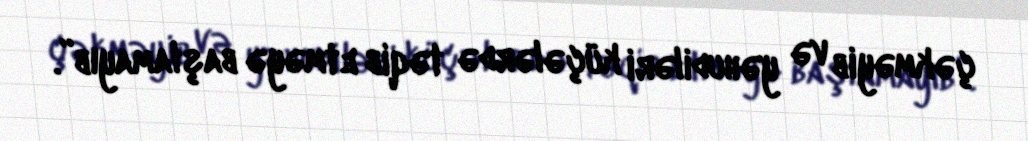
çəkməyib və yəhudiləri küçələrdə təqib etməyə başlamayıb”.